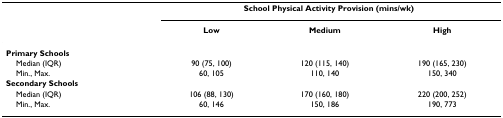
<table><thead><tr><td></td><td colspan="3"><b>School Physical Activity Provision (mins/wk)</b></td></tr><tr><td></td><td><b>Low</b></td><td><b>Medium</b></td><td><b>High</b></td></tr></thead><tbody><tr><td><b>Primary Schools</b></td><td></td><td></td><td></td></tr><tr><td> Median (IQR)</td><td>90 (75, 100)</td><td>120 (115, 140)</td><td>190 (165, 230)</td></tr><tr><td> Min., Max.</td><td>60, 105</td><td>110, 140</td><td>150, 340</td></tr><tr><td><b>Secondary Schools</b></td><td></td><td></td><td></td></tr><tr><td> Median (IQR)</td><td>106 (88, 130)</td><td>170 (160, 180)</td><td>220 (200, 252)</td></tr><tr><td> Min., Max.</td><td>60, 146</td><td>150, 186</td><td>190, 773</td></tr></tbody></table>